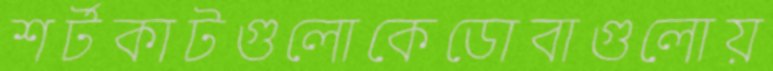
শর্টকাটগুলোকেডোবাগুলোয়